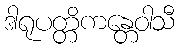
ဒါရုပတ္တိကန္တေဝါသီ